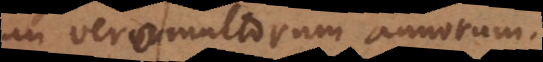
an vero multorum annorum.